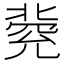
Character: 𠤥